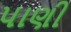
પાણી